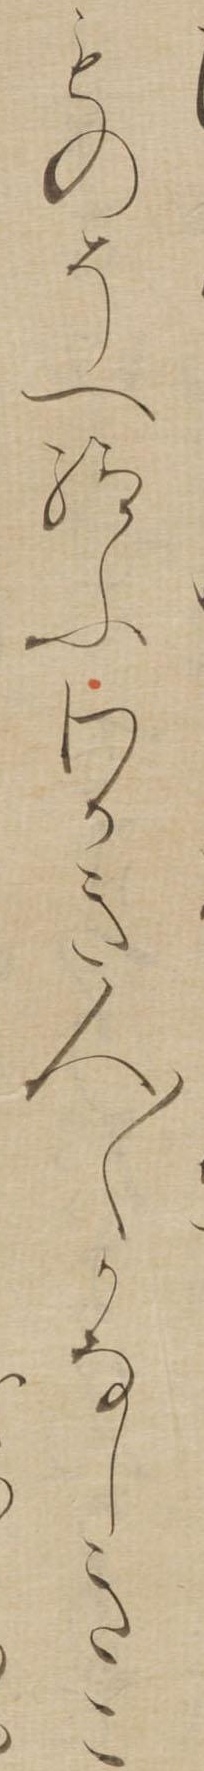
ものそへ給ふわかき人〱かなしきこ